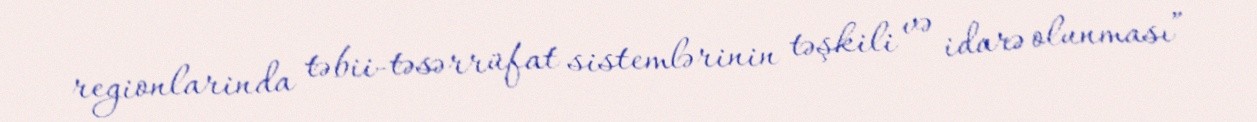
regionlarinda təbii-təsərrüfat sistemlərinin təşkili və idarə olunması”